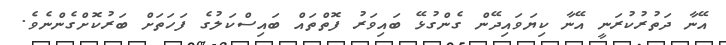
އޭނާ ދަތުރުކުރަނީ އޭނާ ކިޔަވައިދޭން ގެންގުޅޭ ބައިވަރު ފޮތްތައް ބައިސްކަލުގެ ފަހަތަށް ބަރުކޮށްގެންނެވެ.